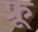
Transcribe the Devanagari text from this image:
फ्रू